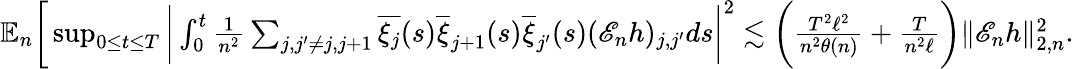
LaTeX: \begin{array}{r}{\mathbb{E}_{n}\bigg[\operatorname*{sup}_{0\le t\le T}\bigg|\int_{0}^{t}\frac{1}{n^{2}}\sum_{j,j^{\prime}\neq j,j+1}\overline{{\xi_{j}}}(s)\overline{{\xi}}_{j+1}(s)\overline{{\xi}}_{j^{\prime}}(s)(\mathscr{E}_{n}h)_{j,j^{\prime}}ds\bigg|^{2}\lesssim\bigg(\frac{T^{2}\ell^{2}}{n^{2}\theta(n)}+\frac{T}{n^{2}\ell}\bigg)\| \mathscr{E}_{n}h\| _{2,n}^{2}.}\end{array}